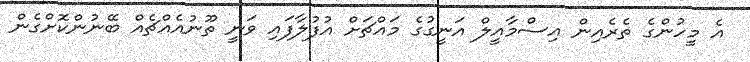
އެ މީހުންގެ ތެރެއިން އިސްމާއީލް އަނީގުގެ މައްޗަށް އުފުލާފައި ވަނީ ތޫނުއެއްޗެއް ބޭނުންކޮށްގެން